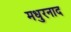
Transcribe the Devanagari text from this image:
मधुरनाद